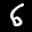
Label: 6